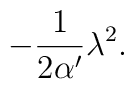
-\frac{1}{2\alpha '} \lambda ^{2} .